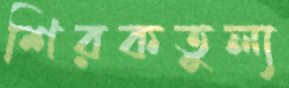
শিরকতুল্য